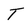
Character: T